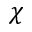
\chi